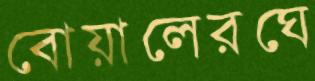
বোয়ালেরঘে